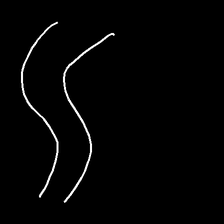
Glyph: float